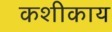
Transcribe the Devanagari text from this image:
कशीकाय